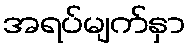
အရပ်မျက်နှာ